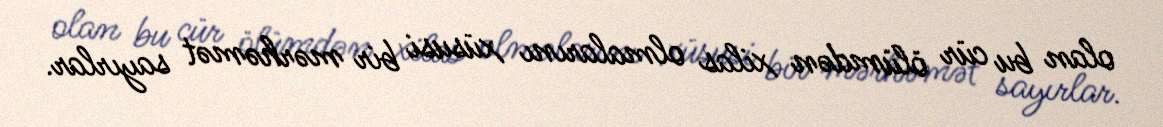
olan bu cür ölümdən xilas olmalarını xüsusi bir mərhəmət sayırlar.